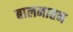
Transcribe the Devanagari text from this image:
बालनातन